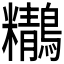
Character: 𪇒